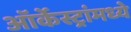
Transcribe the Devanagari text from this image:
ऑर्केस्ट्रांमध्ये